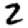
Digit: 2